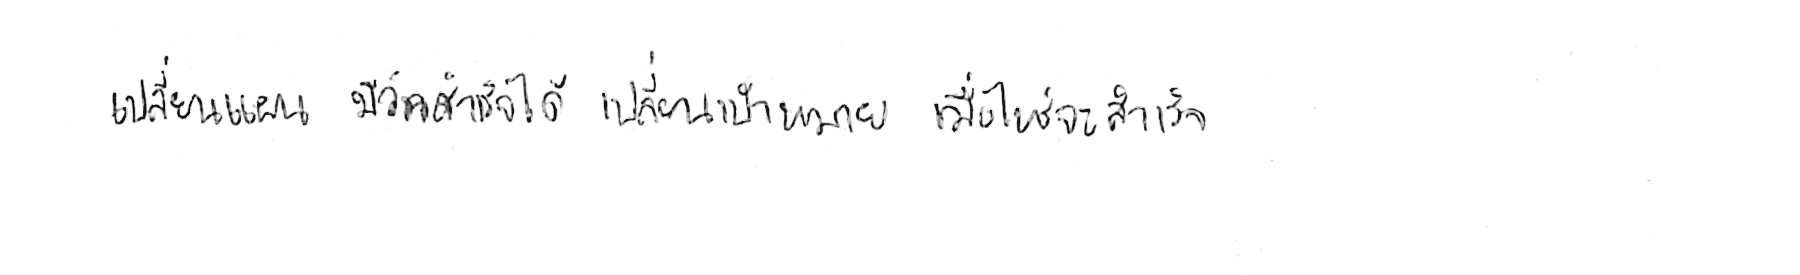
เปลี่ยนแผน มีวันสำเร็จได้ เปลี่ยนเป้าหมาย เมื่อไหร่จะสำเร็จ